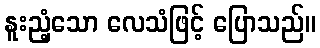
နူးညံ့သော လေသံဖြင့် ပြောသည်။